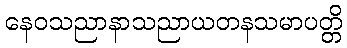
နေဝသညာနာသညာယတနသမာပတ္တိ